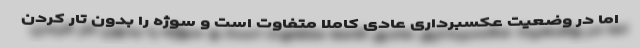
اما در وضعیت عکسبرداری عادی کاملا متفاوت است و سوژه را بدون تار کردن